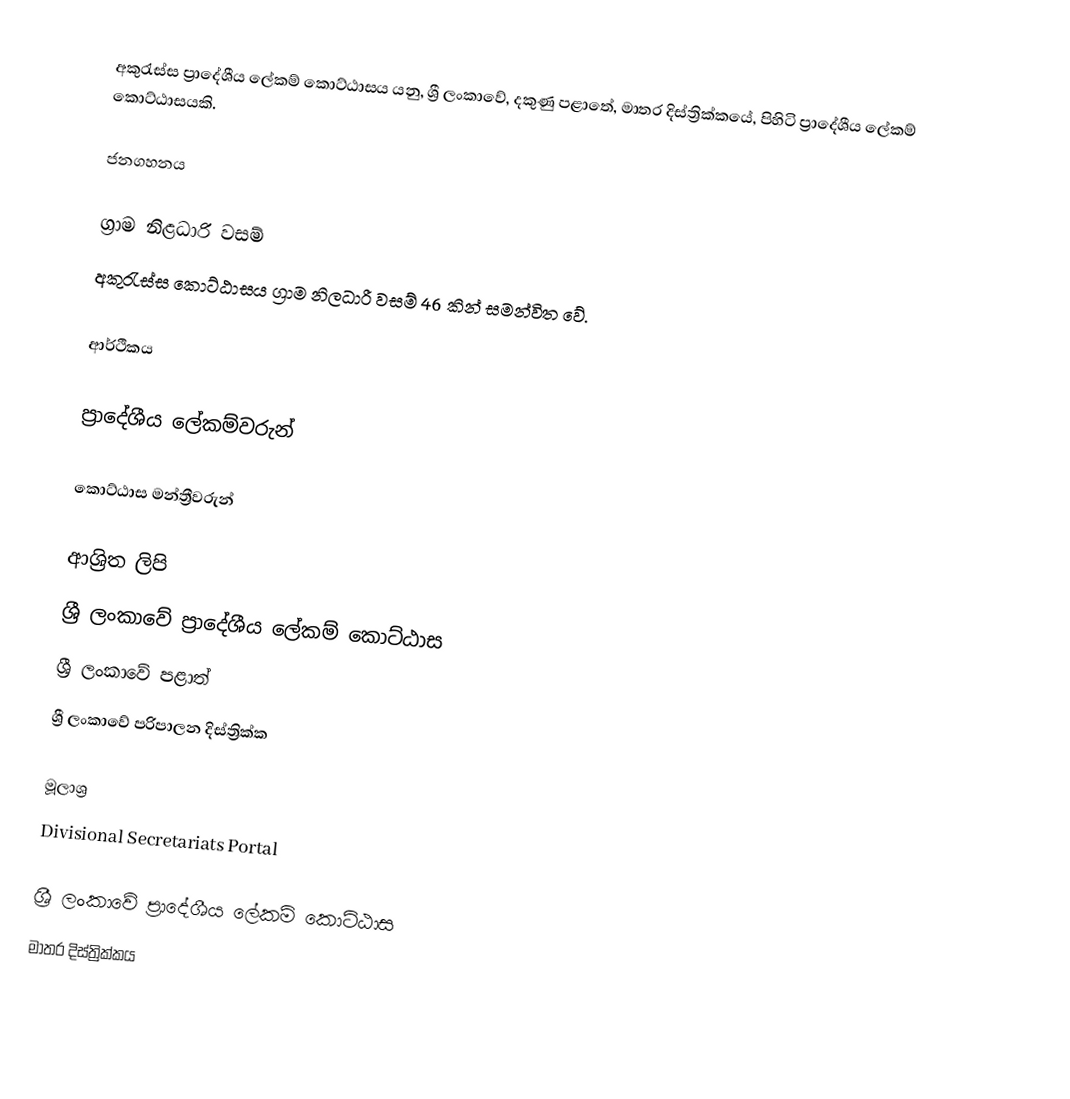
අකුරැස්ස ප්‍රාදේශීය ලේකම් කොට්ඨාසය යනු,  ශ්‍රී ලංකාවේ, දකුණු පළාතේ,   මාතර දිස්ත්‍රික්කයේ, පිහිටි ප්‍රාදේශීය ලේකම් කොට්ඨාසයකි.

ජනගහනය

ග්‍රාම නිළධාරි වසම්
අකුරැස්ස කොට්ඨාසය ග්‍රාම නිලධාරී වසම් 46 කින් සමන්විත වේ.

ආර්ථිකය

ප්‍රාදේශීය ලේකම්වරුන්

කොට්ඨාස මන්ත්‍රීවරුන්

ආශ්‍රිත ලිපි
ශ්‍රී ලංකාවේ ප්‍රාදේශීය ලේකම් කොට්ඨාස
ශ්‍රී ලංකාවේ පළාත්
ශ්‍රී ලංකාවේ පරිපාලන දිස්ත්‍රික්ක

මූලාශ්‍ර
 Divisional Secretariats Portal

ශ්‍රී ලංකාවේ ප්‍රාදේශීය ලේකම් කොට්ඨාස
මාතර දිස්ත්‍රික්කය